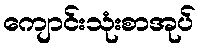
ကျောင်းသုံးစာအုပ်